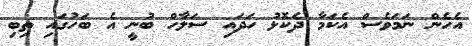
އެހެން ނަމަވެސް އެކަމާ ދެކޮޅު ހަދައި ސަލާހް ބުނީ އެ ބަހުގައި ތިބި